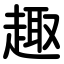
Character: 趣